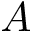
A